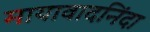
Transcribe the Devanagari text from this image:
मायावादनिंदा